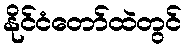
နိုင်ငံတော်ထဲတွင်